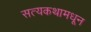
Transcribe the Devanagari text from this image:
सत्यकथामधून